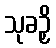
သုခဉှိ